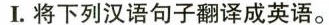
I.将下列汉语句子翻译成英语。